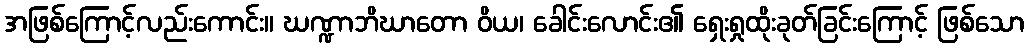
အဖြစ်ကြောင့်လည်းကောင်း။ ဃဏ္ဍာဘိဃာတော ဝိယ၊ ခေါင်းလောင်း၏ ရှေးရှုထိုးခုတ်ခြင်းကြောင့် ဖြစ်သော